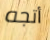
أتجه